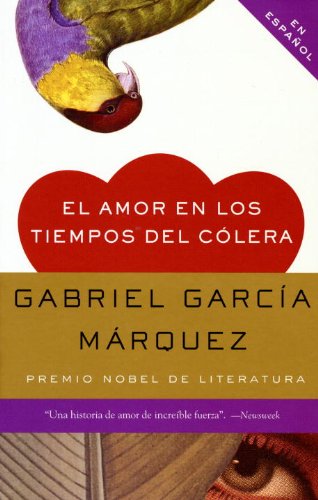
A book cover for El amor en los tiempos del cÃ³lera (Oprah #59) (Spanish Edition); Gabriel GarcÃ­a MÃ¡rquez; Literature & Fiction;